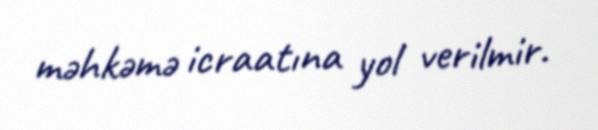
məhkəmə icraatına yol verilmir.